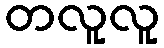
တလူလူ